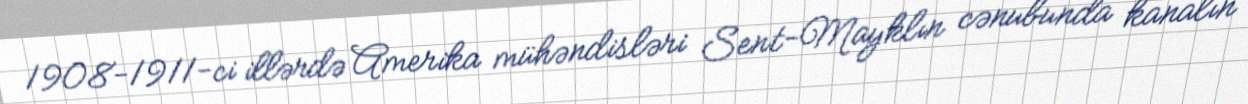
1908-1911-ci illərdə Amerika mühəndisləri Sent-Mayklın cənubunda kanalın